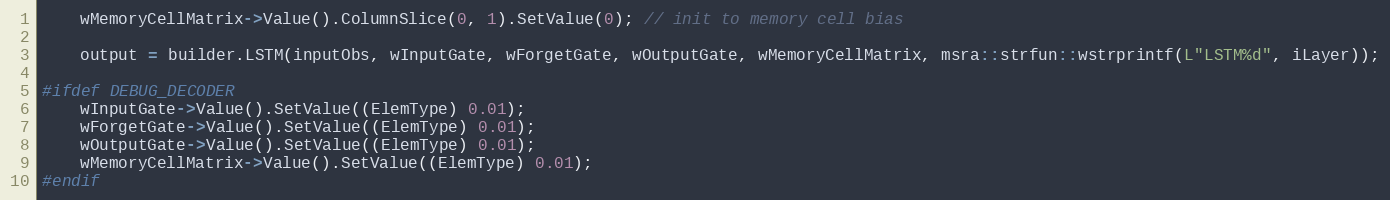
Language: C++
    wMemoryCellMatrix->Value().ColumnSlice(0, 1).SetValue(0); // init to memory cell bias

    output = builder.LSTM(inputObs, wInputGate, wForgetGate, wOutputGate, wMemoryCellMatrix, msra::strfun::wstrprintf(L"LSTM%d", iLayer));

#ifdef DEBUG_DECODER
    wInputGate->Value().SetValue((ElemType) 0.01);
    wForgetGate->Value().SetValue((ElemType) 0.01);
    wOutputGate->Value().SetValue((ElemType) 0.01);
    wMemoryCellMatrix->Value().SetValue((ElemType) 0.01);
#endif